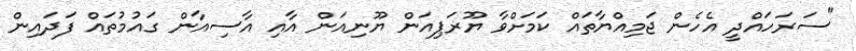
"ސަރަހައްދީ އެހެން ޖަމިއްޔާތައް ކަމަށްވާ ޔޫރަޕިއަން ޔޫނިއަން އާއި އާސިއާން ގައުމުތައް ފަދައިން